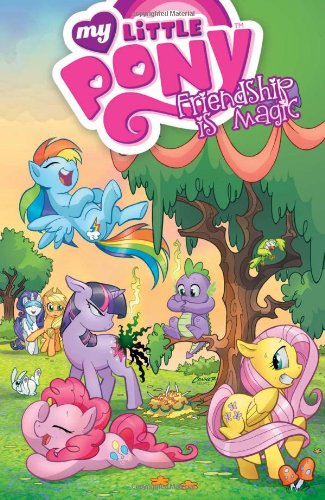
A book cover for My Little Pony: Friendship is Magic Volume 1; Katie Cook; Children's Books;